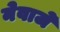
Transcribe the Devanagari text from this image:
नेवाजे